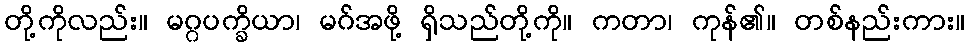
တို့ကိုလည်း။ မဂ္ဂပက္ခိယာ၊ မဂ်အဖို့ ရှိသည်တို့ကို။ ကတာ၊ ကုန်၏။ တစ်နည်းကား။